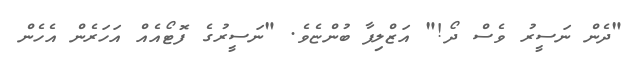
"ދެން ނަސީރު ވެސް ދޯ!" އަޒްލިފާ ބުންޏެވެ. "ނަސީރުގެ ފޮޓޯއެއް އަހަރެން އެހެން